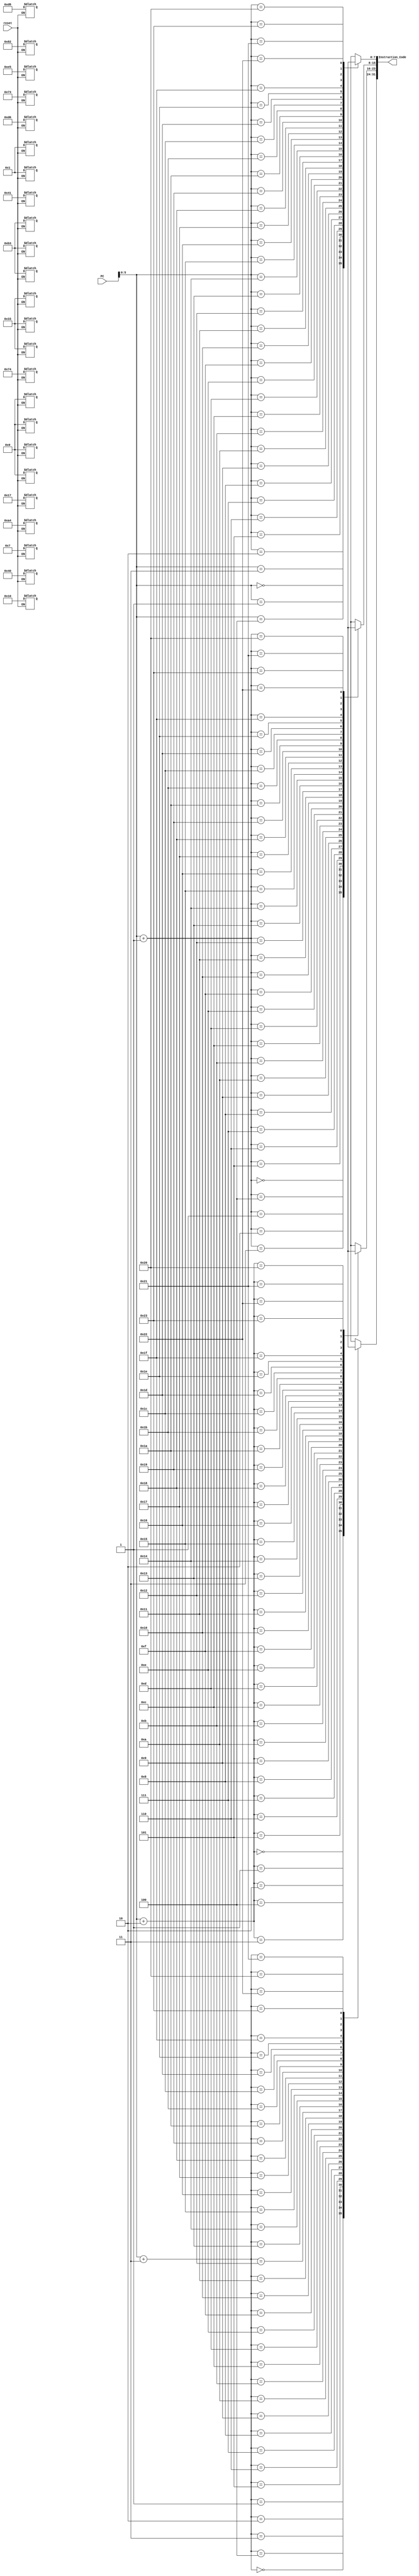
`timescale 1ns / 1ps
//////////////////////////////////////////////////////////////////////////////////
// Company: 
// Engineer: 
// 
// Design Name: 
// Module Name:    Instruction_Memory 
// Project Name: 
// Target Devices: 
// Tool versions: 
// Description: 
//
// Dependencies: 
//
// Revision: 
// Revision 0.01 - File Created
// Additional Comments: 
//
//////////////////////////////////////////////////////////////////////////////////
module Instruction_Memory(
	input [31:0] PC,
	input reset,
	output[31:0] Instruction_Code
    );
reg [7:0] Mem [35:0];
assign Instruction_Code = {Mem[PC+3],Mem[PC+2],Mem[PC+1],Mem[PC]};

always@(reset)
begin
if(reset == 0)
	begin
	//Mem[3] = 8'h01; Mem[2] = 8'h49; Mem[1] = 8'h83; Mem[0] = 8'h33;//add t1,s2,s4
	Mem[3] = 8'h00; Mem[2] = 8'h10; Mem[1] = 8'h01; Mem[0] = 8'h33;//add
	//Mem[7] = 8'h00; Mem[6] = 8'h73; Mem[5] = 8'h0E; Mem[4] = 8'h33;//add t3,t1,t2
	Mem[7] = 8'h40; Mem[6] = 8'h41; Mem[5] = 8'h82; Mem[4] = 8'hb3;//sub
	//Mem[11] = 8'h00; Mem[10] = 8'hC9; Mem[9] = 8'hA2; Mem[8] = 8'h83;//lw t0, 12(s3)
	Mem[11] = 8'h00; Mem[10] = 8'h73; Mem[9] = 8'h74; Mem[8] = 8'h33;//and
	//Mem[15] = 8'h00; Mem[14] = 8'h59; Mem[13] = 8'hA6; Mem[12] = 8'h23;//sw t0, 12(s3)
	Mem[15] = 8'h00; Mem[14] = 8'ha4; Mem[13] = 8'he5; Mem[12] = 8'hb3;//or
	Mem[19] = 8'h00; Mem[18] = 8'hd6; Mem[17] = 8'h17; Mem[16] = 8'h33;//sll
	Mem[23] = 8'h01; Mem[22] = 8'h07; Mem[21] = 8'hd8; Mem[20] = 8'hb3;//srl
	end
end
endmodule